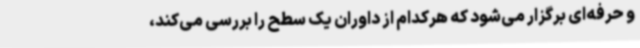
و حرفه‌ای برگزار می‌شود که هرکدام از داوران یک سطح را بررسی می‌کند،